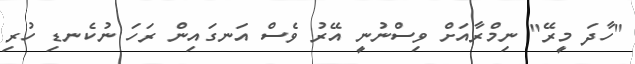
"ހާދަ މީރޭ" ނިމްރާއަށް ވިސްނުނީ އޭރު ވެސް އަނގައިން ރަހަ ނުކެނޑި ހުރި